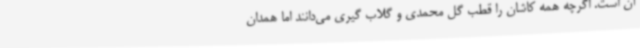
آن است. اگرچه همه کاشان را قطب گل محمدی و گلاب گیری می‌دانند اما همدان